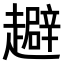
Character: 𧾑